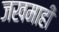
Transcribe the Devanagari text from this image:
जखमाही